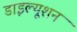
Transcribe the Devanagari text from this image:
डाइल्यूशन